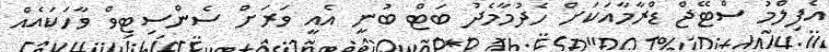
އެފިލްމު ސްޓޭޖް ޑްރާމާއަކަށް ހެދުމާމެދު ބަޓް ބުނީ އެއީ ވަރަށް ސެންސިޓިވް ވާހަކައެއް